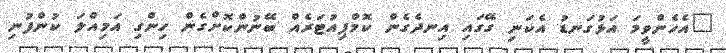
"އެހެންވީމަ އަޅުގަނޑު އެކަނި ގޭގައި އިނދެގެން ކޮމްޕިއުޓަރެއް ބޭނުންކޮށްގެން ހިންގި އަމިއްލަ ކުންފުނި